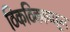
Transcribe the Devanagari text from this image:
ठिकठिकाणहून